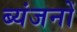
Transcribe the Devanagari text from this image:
ब्यंजनों